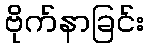
ဗိုက်နာခြင်း